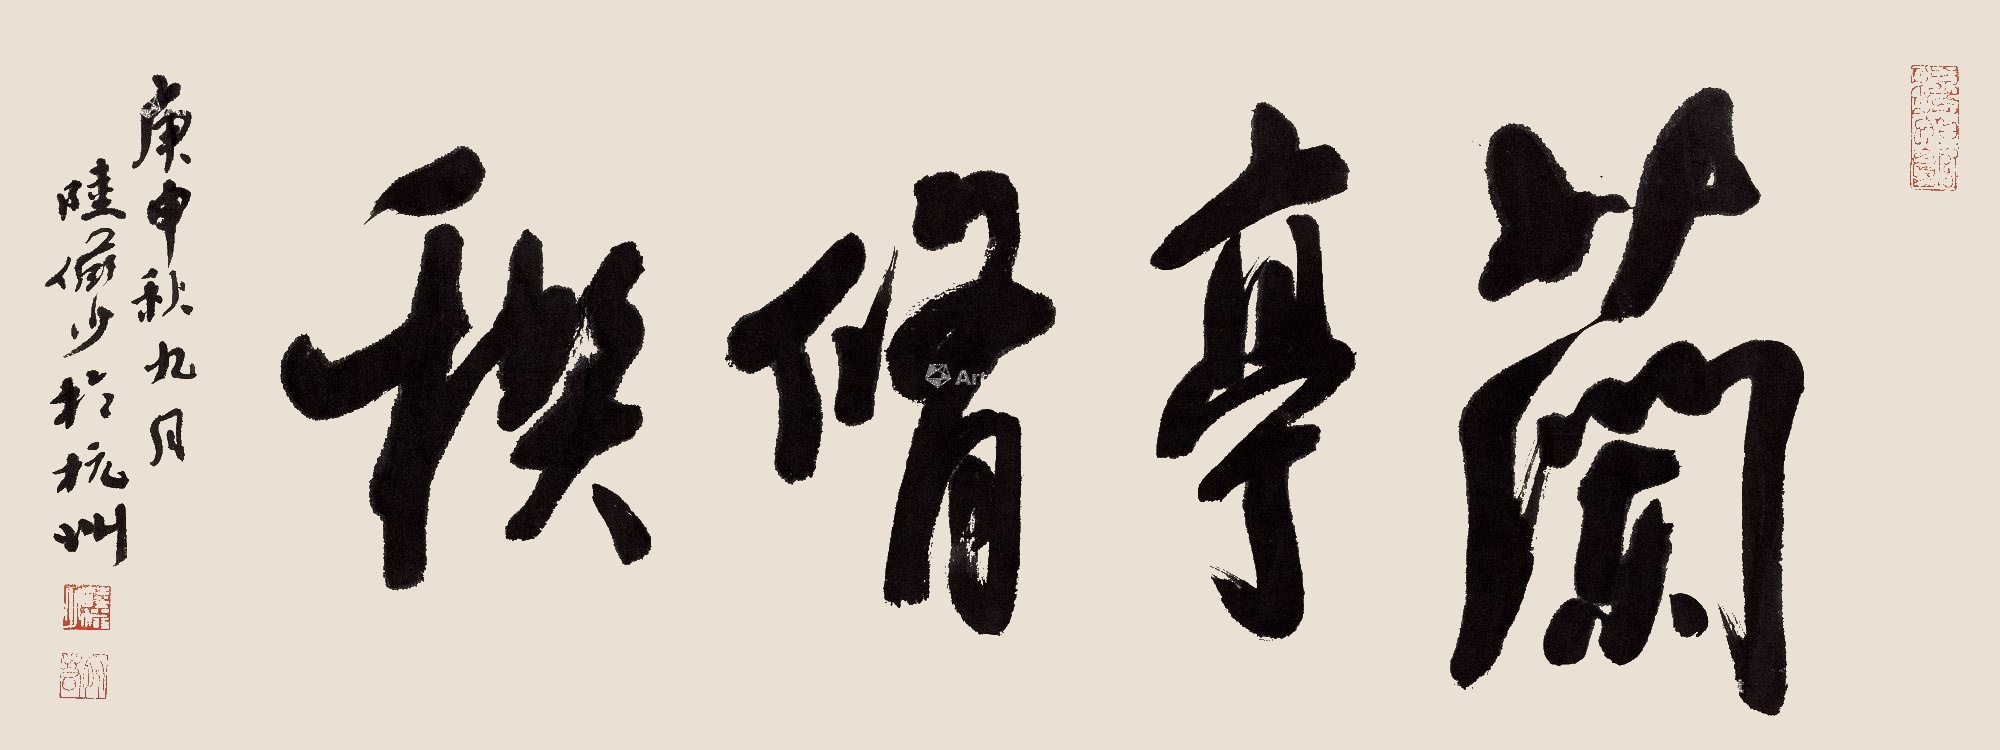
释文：兰亭修禊庚申秋九月，陆俨少于杭州。